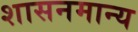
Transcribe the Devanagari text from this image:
शासनमान्‍य